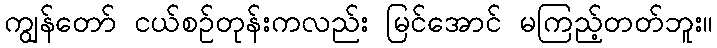
ကျွန်တော် ငယ်စဉ်တုန်းကလည်း မြင်အောင် မကြည့်တတ်ဘူး။